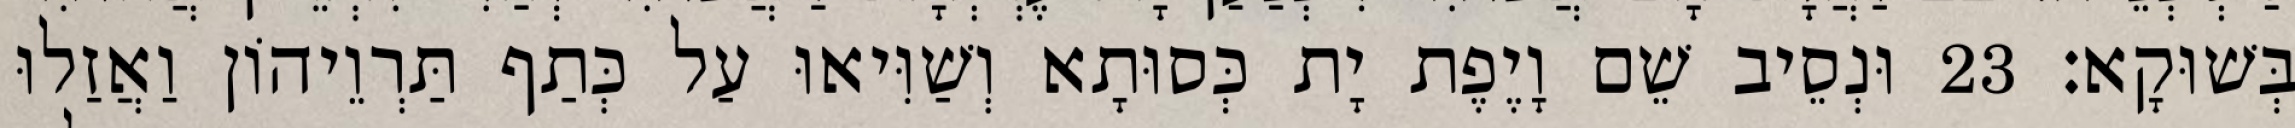
בְּשׁוּקָא׃ 23 וּנְסֵיב שֵׁם וָיֶפֶת יָת כְּסוּתָא וְשַׁוִּיאוּ עַל כְּתַף תַּרְוֵיהוֹן וַאֲזַלוּ